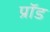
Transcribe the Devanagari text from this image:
प्रॉड